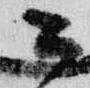
公